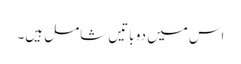
اس میں دو باتیں شامل ہیں۔